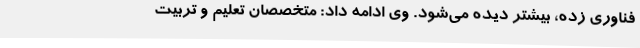
فناوری زده، بیشتر دیده می‌شود. وی ادامه داد: متخصصان تعلیم و تربیت